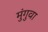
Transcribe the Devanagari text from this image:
मुंगुवा